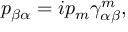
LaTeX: p _ { \beta \alpha } = i p _ { m } \gamma _ { \alpha \beta } ^ { m } ,